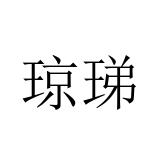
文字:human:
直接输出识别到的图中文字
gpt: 琼珶